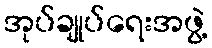
အုပ်ချုပ်ရေးအဖွဲ့